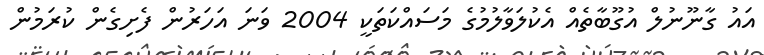
އައު ގާނޫނުލް އުގޫބާތެއް އެކުލަވާލުމުގެ މަސައްކަތަކީ 2004 ވަނަ އަހަރުން ފެށިގެން ކުރަމުން